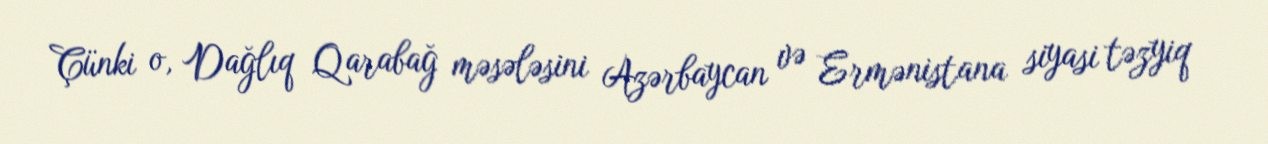
Çünki o, Dağlıq Qarabağ məsələsini Azərbaycan və Ermənistana siyasi təzyiq